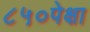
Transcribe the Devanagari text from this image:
८५०पेक्षा